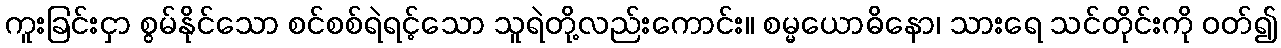
ကူးခြင်းငှာ စွမ်နိုင်သော စင်စစ်ရဲရင့်သော သူရဲတို့လည်းကောင်း။ စမ္မယောဓိနော၊ သားရေ သင်တိုင်းကို ဝတ်၍